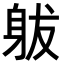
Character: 𨈩